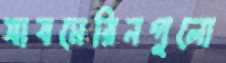
সাবমেরিনগুলো